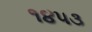
૧૪૫૩